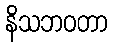
နိသဘဝတာ